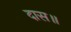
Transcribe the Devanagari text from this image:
दास॥